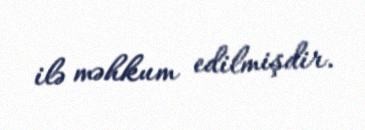
ilə məhkum edilmişdir.